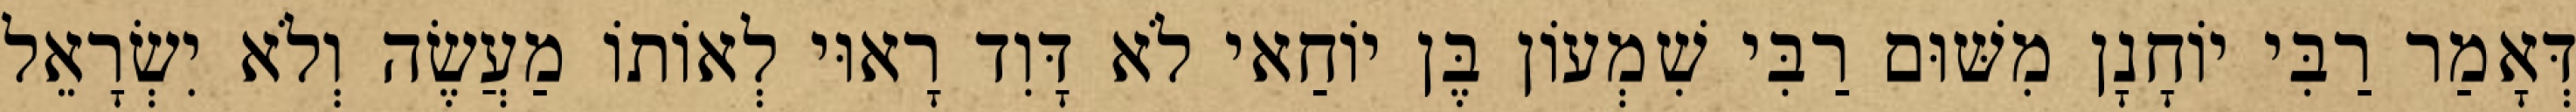
דְּאָמַר רַבִּי יוֹחָנָן מִשּׁוּם רַבִּי שִׁמְעוֹן בֶּן יוֹחַאי לֹא דָּוִד רָאוּי לְאוֹתוֹ מַעֲשֶׂה וְלֹא יִשְׂרָאֵל